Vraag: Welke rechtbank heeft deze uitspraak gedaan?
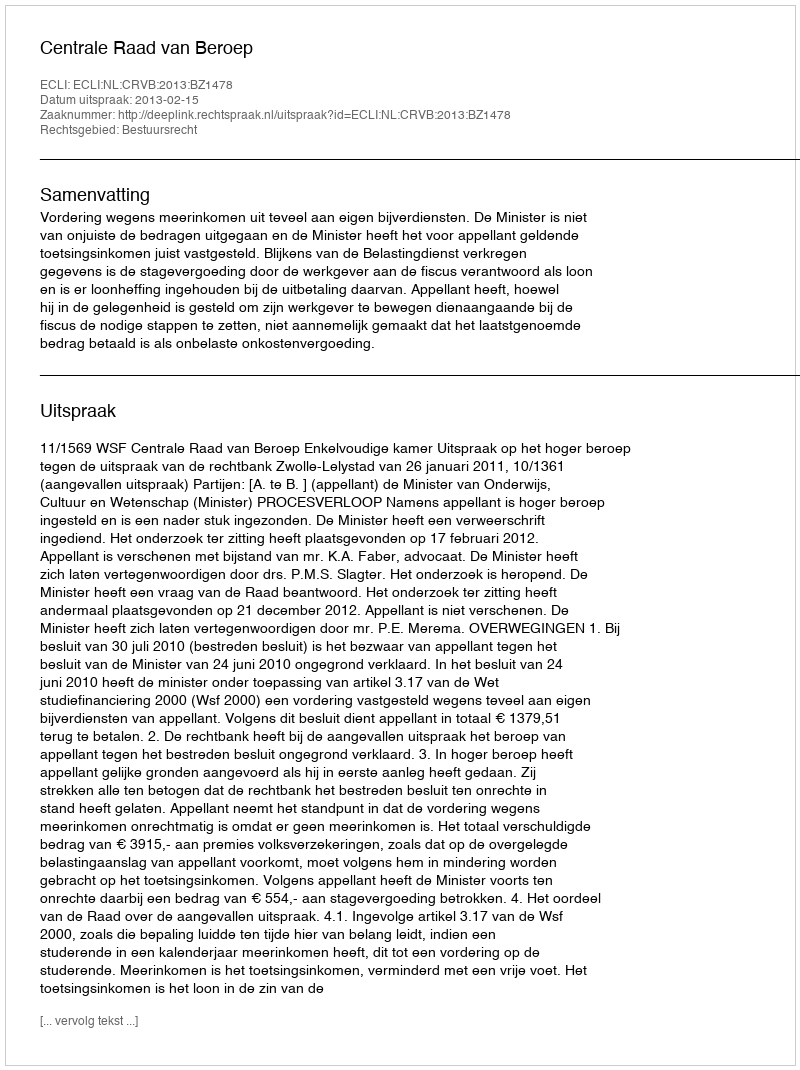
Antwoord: Centrale Raad van Beroep